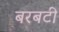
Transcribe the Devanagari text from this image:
बरबटी